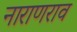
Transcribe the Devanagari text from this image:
नाराणराव